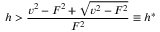
h > \frac { v ^ { 2 } - F ^ { 2 } + \sqrt { v ^ { 2 } - F ^ { 2 } } } { F ^ { 2 } } \equiv h ^ { * }